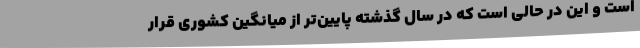
است و این در حالی است که در سال گذشته پایین‌تر از میانگین کشوری قرار